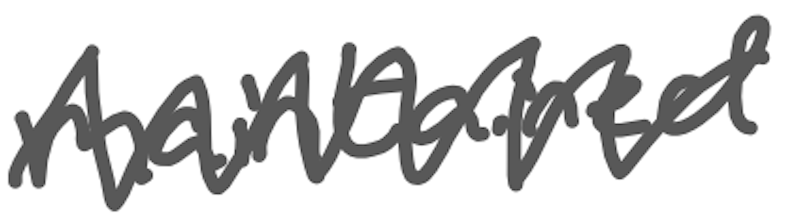
Text: maintained
Cross-out: zig-zag
Writing tool: digital_gray